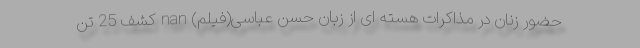
حضور زنان در مذاکرات هسته ای از زبان حسن عباسی(فیلم) nan کشف 25 تن